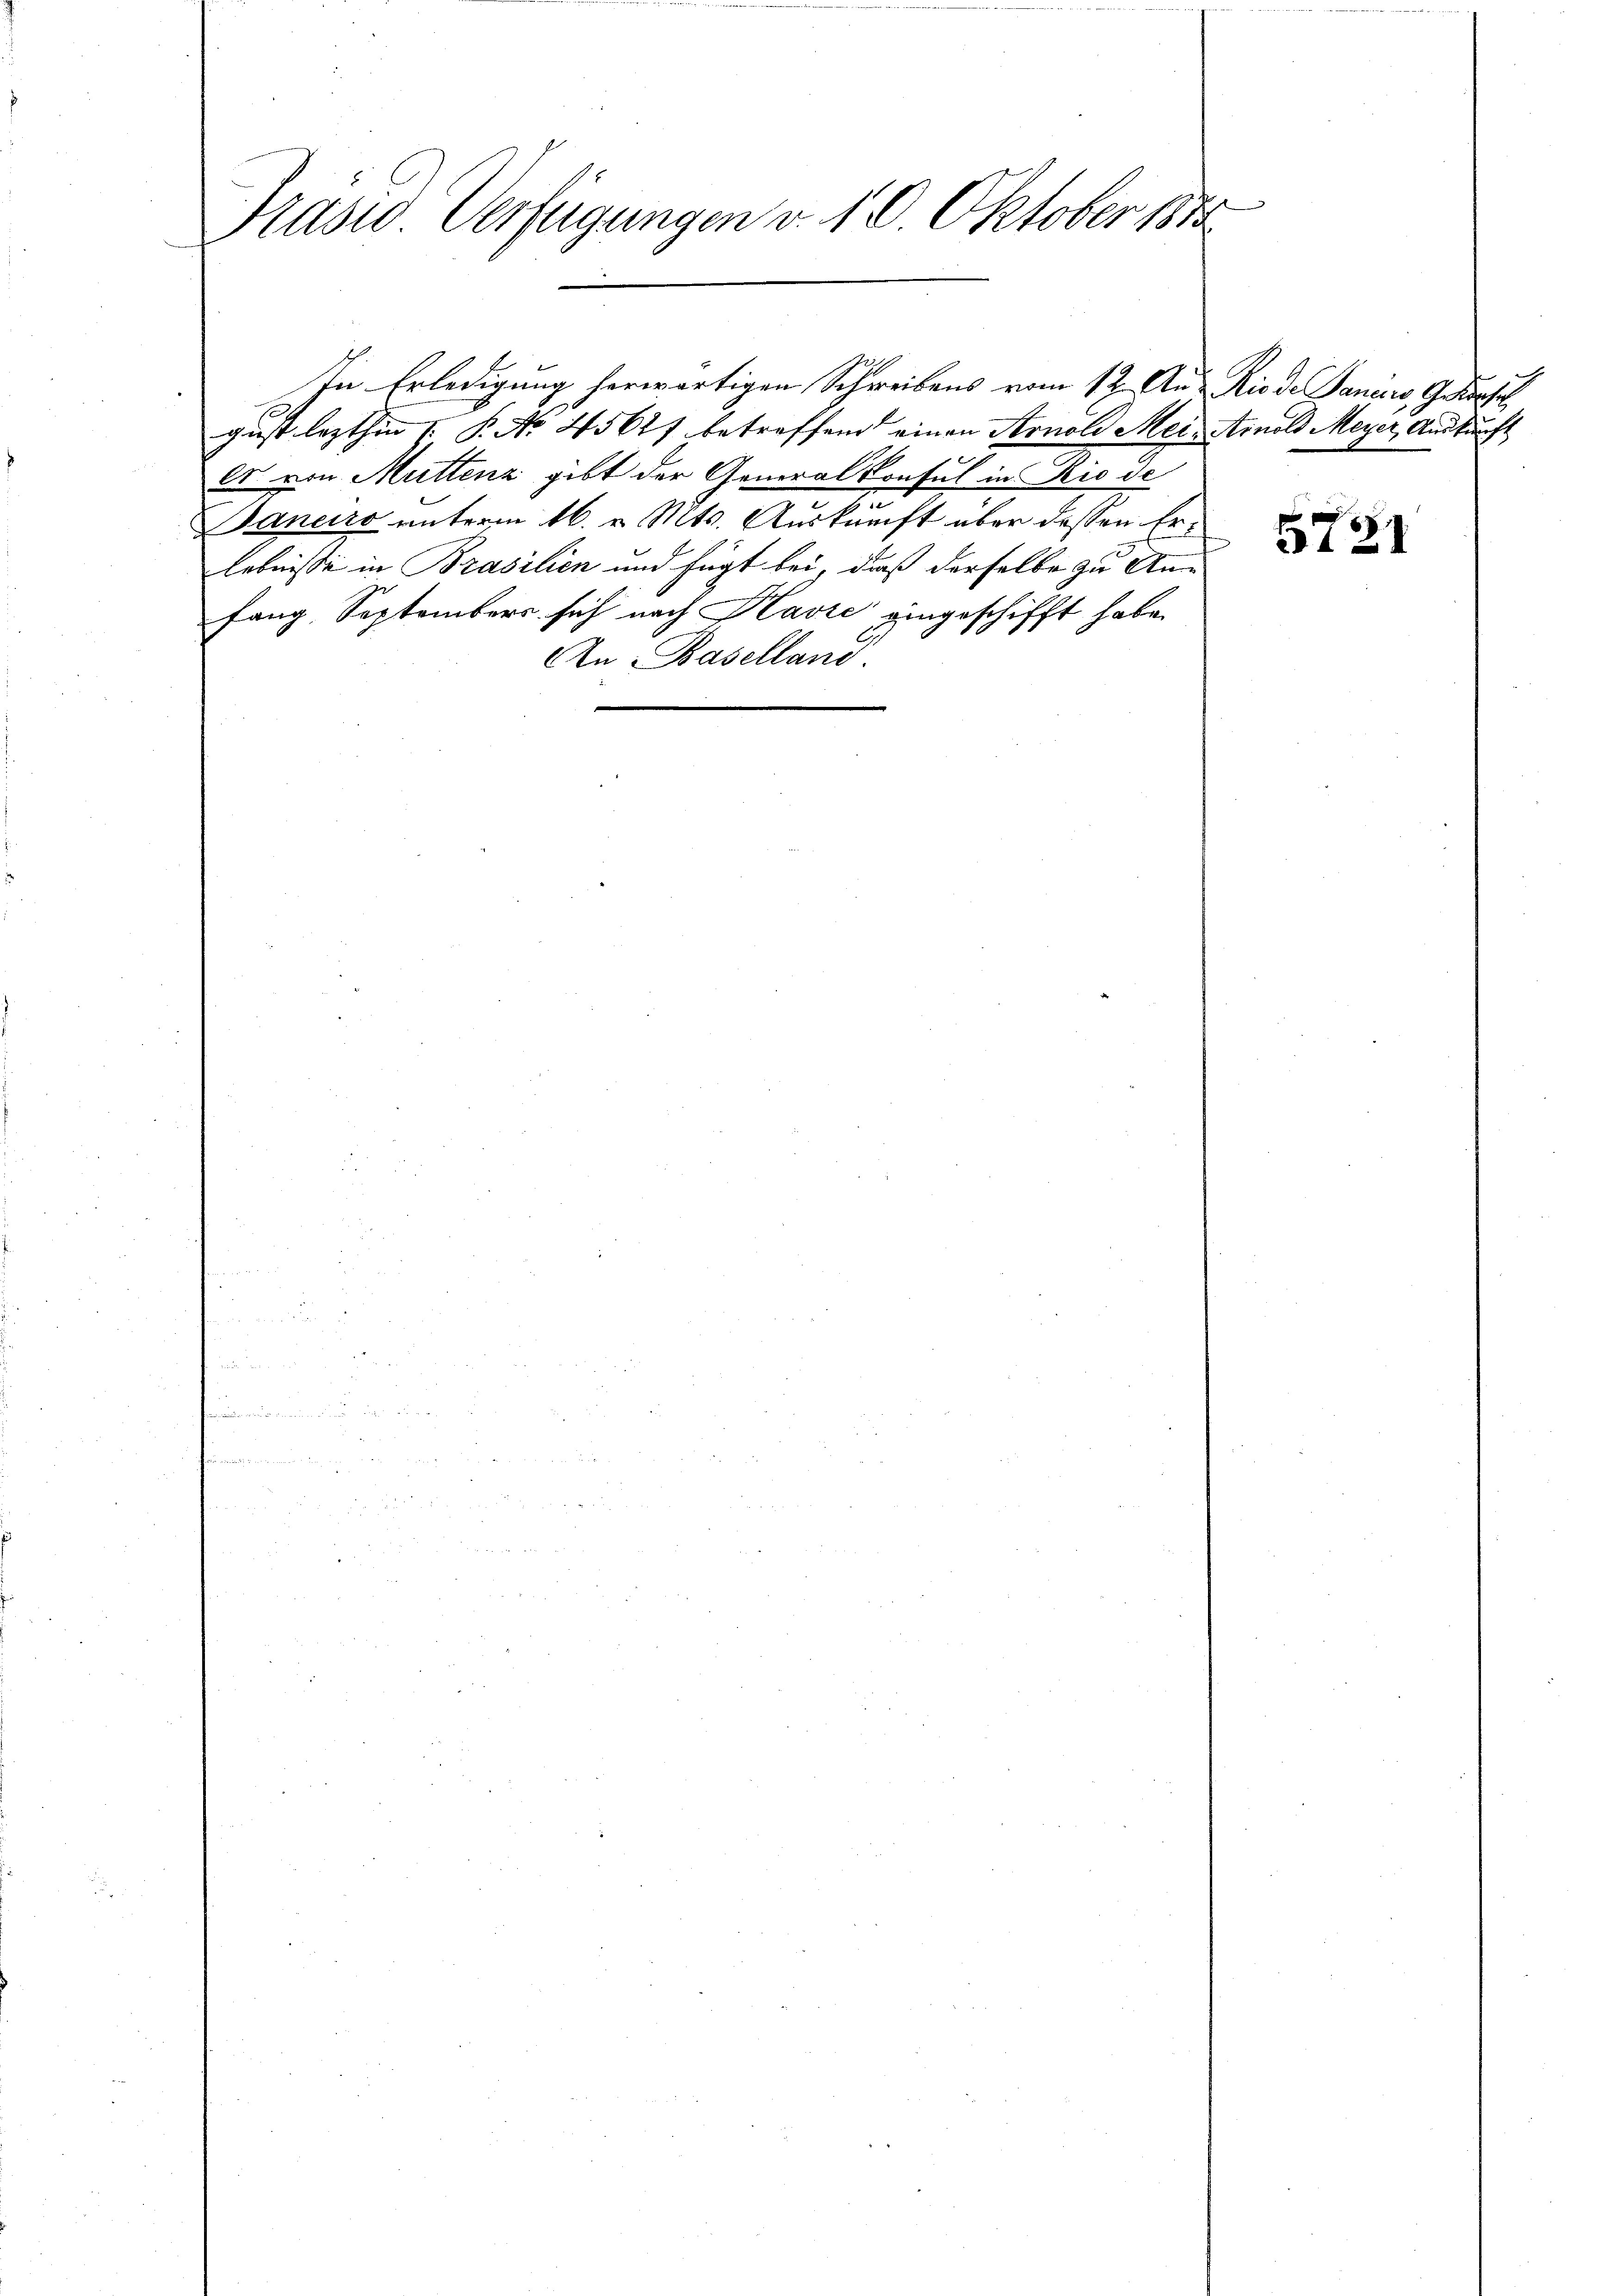
Präsid. Verfügungen v. 19. Oktober 1848

gust lezthin 1. P. No 45671 betreffend einen Arnold Mei- Arnold Meyer, Auskunft
es von Muttenz gibt der Generalkonsul in Rio de
Baneiro unterm 16. v. Mts. Auskunft über dessen Erlebnisse in Brasilien und fügt bei, daß derselbe zu Ann
fang. Septembers sich nach Kaste eingeschifft habe.
An Baselland.
e

In Erledigung herwärtigen Schreibens vom 12. Aus Rio de Janeiro Gerhal

5721